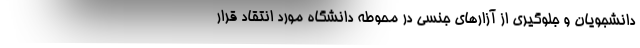
دانشجویان و جلوگیری از آزارهای جنسی در محوطه دانشگاه مورد انتقاد قرار